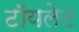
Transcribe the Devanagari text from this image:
टाॅयलेट